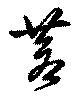
蒹